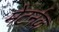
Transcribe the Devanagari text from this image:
मेटर्नक